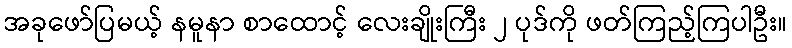
အခုဖော်ပြမယ့် နမူနာ စာထောင့် လေးချိုးကြီး ၂ ပုဒ်ကို ဖတ်ကြည့်ကြပါဦး။